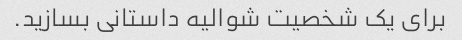
برای یک شخصیت شوالیه داستانی بسازید.